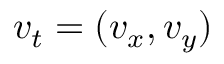
\boldsymbol { v } _ { t } = ( v _ { x } , v _ { y } )